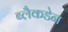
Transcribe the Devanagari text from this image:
ब्लैकडेन